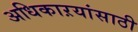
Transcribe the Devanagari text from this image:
अधिकाऱयांसाठी